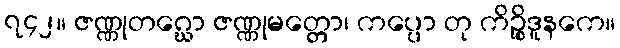
၇၄၂။ ဇဏ္ဏုတဂ္ဃော ဇဏ္ဏုမတ္တော၊ ကပ္ပော တု ကိဉ္စိဒူနကေ။